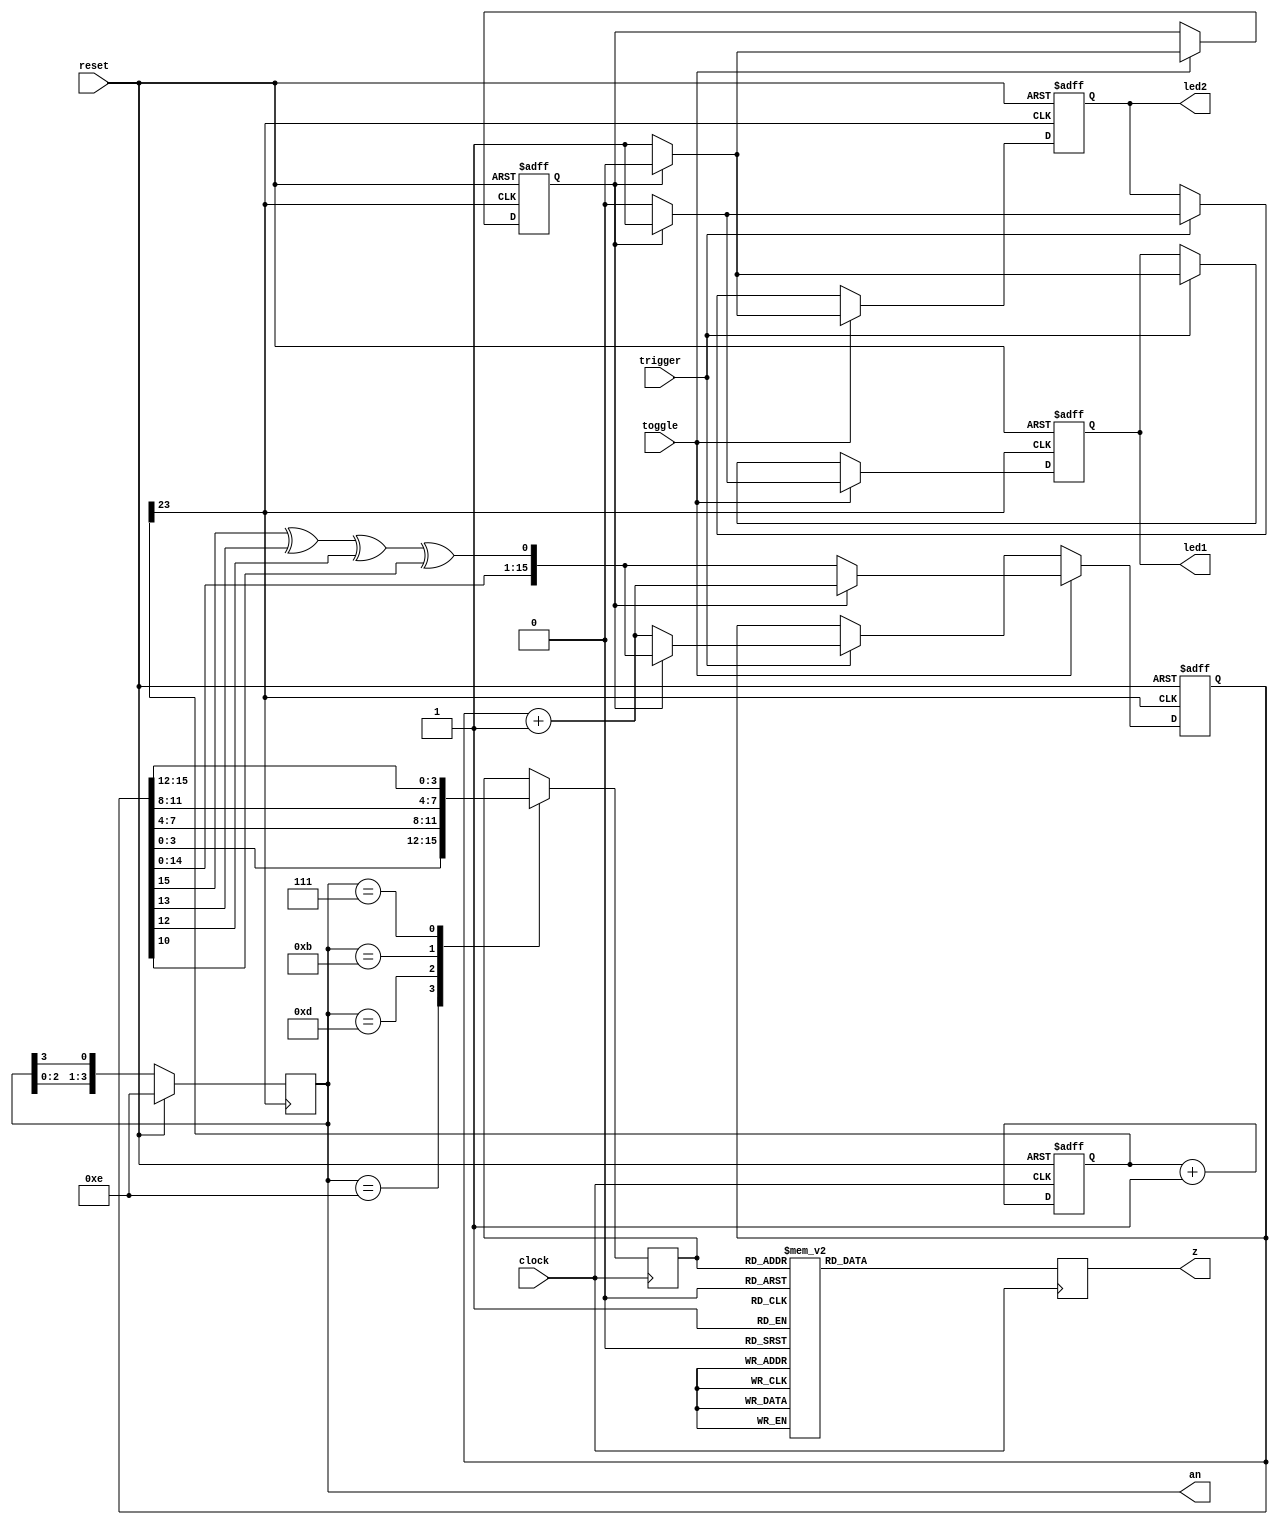
`timescale 1ns / 1ps
//////////////////////////////////////////////////////////////////////////////////
// Company: 
// Engineer: 
// 
// Design Name: 
// Module Name:    lfscounter 
// Project Name: 
// Target Devices: 
// Tool versions: 
// Description: 
//
// Dependencies: 
//
// Revision: 
// Revision 0.01 - File Created
// Additional Comments: 
//
//////////////////////////////////////////////////////////////////////////////////
module lfscounter(
    input clock,
    input reset,
    input trigger,
    input toggle,
     output reg [7:0] z,
     output wire [3:0] an,
    output reg led1,
     output reg led2
    );

     reg [3:0] an_shift;
	  reg [3:0] var;
	  reg status_check;
     reg [23:0] clk;
     reg [15:0] res;

     wire a;
     wire b;
     wire c;
     assign a = res[15] ^ res[13];
     assign b = a ^ res[12];
     assign c = b ^ res[10];

     //debounce db(clock,trigger,clean);

     always@(posedge clock,posedge reset) begin
          if(reset) clk <= 24'd0;
            else clk <= clk + 1;
     end 
	  
	  //debounce db(clk[18],trigger,clean);


     always@(posedge clk[23],posedge reset)
     begin
       if(reset) begin
           res <= 16'b0000000000000000;
           status_check <= 1'b0;
           led1 <= 1'b0;
           led2 <= 1'b0;
       end
       else begin
       if (trigger) begin
         if (!status_check)begin
            res <= res + 16'b0000000000000001;
             led1 <= 1'b1;  // counter led
             led2 <= 1'b0;  // lfsr led
          end
        else begin
          res <= {res[14:0],c};
          led1 <= 1'b0; 
             led2 <= 1'b1;
        end
      end
      if (toggle) begin
         if (!status_check)begin
           res <= {res[14:0],c};
           led1 <= 1'b0; 
              led2 <= 1'b1;
           status_check <= 1;
         end
         else begin
           res <= res + 16'b0000000000000001;
              led1 <= 1'b1;
              led2 <= 1'b0;
              status_check <= 0;
         end
      end
      end
   end
    
   always @(posedge clk[23])
	begin
	if (reset)
	an_shift <= 4'b1110;
	else
	an_shift <= {an_shift[2:0],an_shift[3]};
	end
	
	assign an = an_shift;
	
	always @(posedge clock)
	begin
	case(an_shift)
	4'b1110: var <=res[3:0]; 
	4'b1101: var <=res[7:4];
	4'b1011: var <=res[11:8];
	4'b0111: var <=res[15:12];
	endcase
	
	
    case(var)
    4'b0000 :z = 8'b00000011; //Hex 0
    4'b0001 :z = 8'b10011111; //Hex 1
    4'b0010 :z = 8'b00100101; //Hex 2
    4'b0011 :z = 8'b00001101; //Hex 3
    4'b0100 :z = 8'b10011001; //Hex 4
    4'b0101 :z = 8'b01001001; //Hex 5
    4'b0110 :z = 8'b01000001; //Hex 6
    4'b0111 :z = 8'b00011111; //Hex 7
    4'b1000 :z = 8'b00000001; //Hex 8
    4'b1001 :z = 8'b00001001; //Hex 9
    4'b1010 :z = 8'b00010001; //Hex A
    4'b1011 :z = 8'b11000001; //Hex B
    4'b1100 :z = 8'b01100011; //Hex C
    4'b1101 :z = 8'b10000101; //Hex D
    4'b1110 :z = 8'b01100001; //Hex E
    4'b1111 :z = 8'b01110001; //Hex F
    endcase
	 end
endmodule